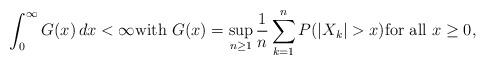
LaTeX: \begin{align*}\int_{0}^{\infty} G(x) \, dx < \infty \mbox{with } G(x) = \sup_{n \geq 1} \frac{1}{n} \sum_{k=1}^{n} P(|X_{k}| > x) \mbox{for all } x \geq 0,\end{align*}